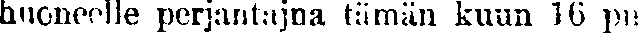
huoneelle perjantain tämän kuun 16 pn